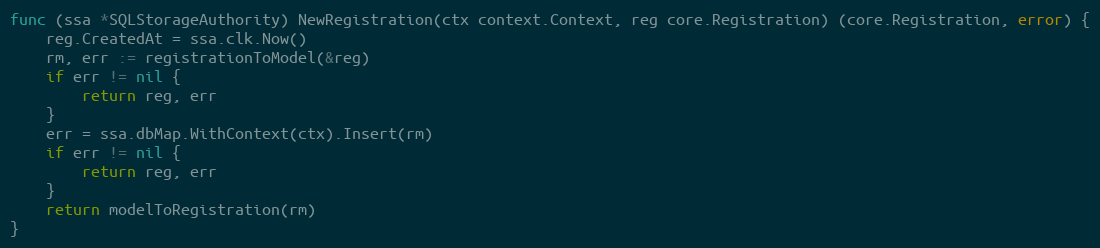
Language: Go
func (ssa *SQLStorageAuthority) NewRegistration(ctx context.Context, reg core.Registration) (core.Registration, error) {
	reg.CreatedAt = ssa.clk.Now()
	rm, err := registrationToModel(&reg)
	if err != nil {
		return reg, err
	}
	err = ssa.dbMap.WithContext(ctx).Insert(rm)
	if err != nil {
		return reg, err
	}
	return modelToRegistration(rm)
}